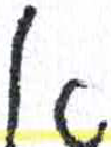
אות: א